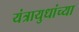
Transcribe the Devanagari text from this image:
यंत्रायुधांच्या